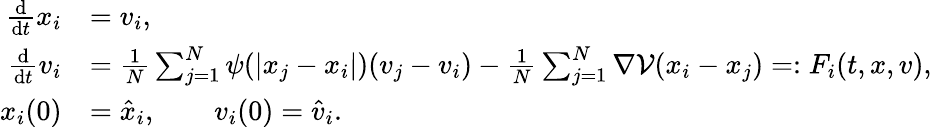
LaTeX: \begin{array}{rl}{\frac{\mathrm d}{\mathrm dt}x_{i}}&{=v_{i},}\\ {\frac{\mathrm d}{\mathrm dt}v_{i}}&{=\frac{1}{N}\sum_{j=1}^{N}\psi(|x_{j}-x_{i}|)(v_{j}-v_{i})-\frac{1}{N}\sum_{j=1}^{N}\nabla\mathcal V(x_{i}-x_{j})=:F_{i}(t,x,v),}\\ {x_{i}(0)}&{=\hat{x}_{i},\qquad v_{i}(0)=\hat{v}_{i}.}\end{array}